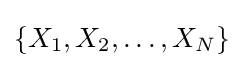
\left\{X_{1},X_{2},\ldots ,X_{N}\right\}